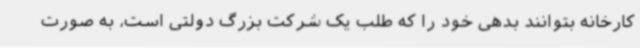
کارخانه بتوانند بدهی خود را که طلب یک شرکت بزرگ دولتی است، به صورت